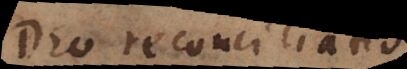
Deo reconciliatis